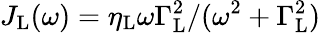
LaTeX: J_{\mathrm{L}}(\omega)=\eta_{\mathrm{L}}\omega\Gamma_{\mathrm{L}}^{2}/(\omega^{2}+\Gamma_{\mathrm{L}}^{2})